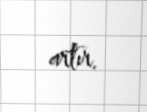
artır.